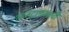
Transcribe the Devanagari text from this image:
आनंदाश्रमाची